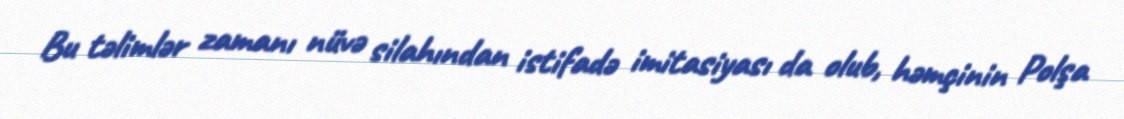
Bu təlimlər zamanı nüvə silahından istifadə imitasiyası da olub, həmçinin Polşa